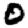
Digit: 0